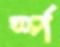
র্স্প